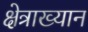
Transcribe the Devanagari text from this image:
क्षेत्राख्यान